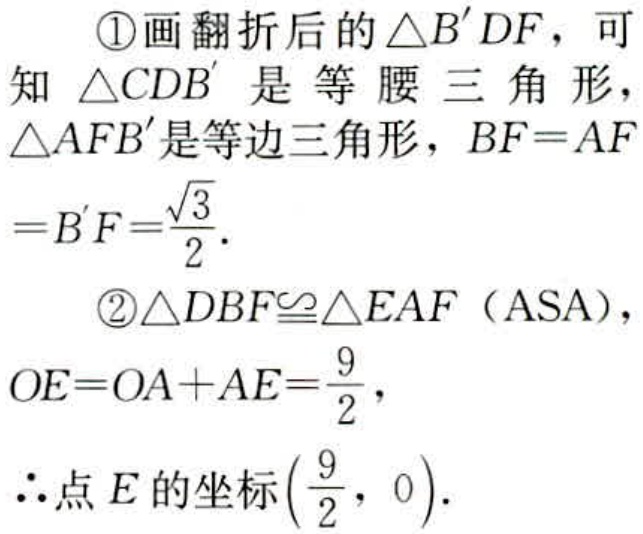
\textcircled{1}画翻折后的$\triangle B^{\prime}DF$，可知$\triangle CDB^{\prime}$是等腰三角形，$\triangle AFB^{\prime}$是等边三角形，$BF = AF = B^{\prime}F=\frac{\sqrt{3}}{2}$.
\textcircled{2}$\triangle DBF\cong\triangle EAF$（ASA），$OE = OA + AE=\frac{9}{2}$，
$\therefore$点$E$的坐标$\left(\frac{9}{2},0\right)$.